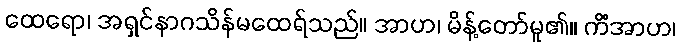
ထေရော၊ အရှင်နာဂသိန်မထေရ်သည်။ အာဟ၊ မိန့်တော်မူ၏။ ကိံအာဟ၊